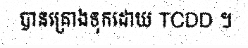
បានគ្រោងទុកដោយ TCDD ។